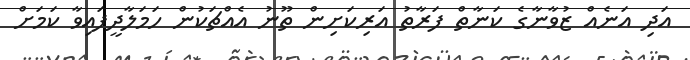
އަދި އަނެއް ޒުވާނާގެ ކަނާތް ފަރާތު އަރިކަށިން ތޫނު އެއްޗަކުން ހަމަލާދީފައިވާ ކަމަށް